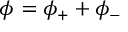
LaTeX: \phi = \phi _ { + } + \phi _ { - }